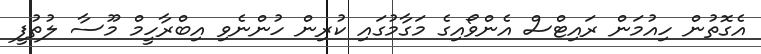
އެގޮތުން ހިއުމަން ރައިޓްސް އެންވޯއިގެ މަގާމުގައި ކުރިން ހުންނެވި އިބްރާހީމް މޫސާ ލުތުފީ